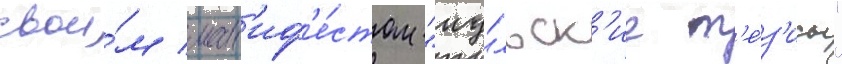
свои́м ман'иф'е́стом "иу́льск'ие т'е́з'исы"